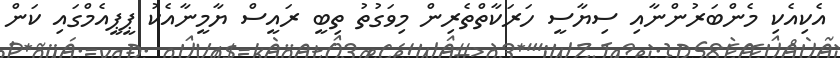
އެކިއެކި މެންބަރުންނާއި ސިޔާސީ ހަރަކާތްތެރިން މިވަގުތު ތިބީ ރައީސް ޔާމީނާއެކު ޕީޕީއެމްގައި ކަން